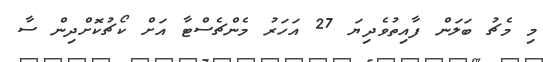
މި މެޗު ބަލަން ފާއިތުވެދިޔަ 27 އަހަރު މެންޗެސްޓާ އަށް ކޯޗުކޮށްދިން ސާ